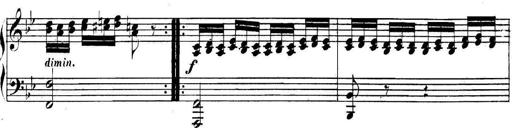
Title: Collected Piano Sonatas
Composer: Muzio Clementi